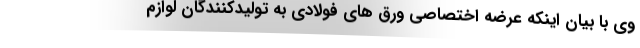
وی با بیان اینکه عرضه اختصاصی ورق های فولادی به تولیدکنندگان لوازم